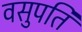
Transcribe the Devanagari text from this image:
वसुपति